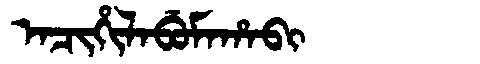
Manchu: ᠠᠴᡳᡥᡳᠯᠠᠪᡠᠮᠠᡥᠠᠪᡳ
Romanization: ACIHILABUMAHABI